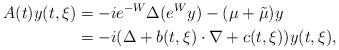
LaTeX: \begin{align*}A(t)y(t,\xi)&=-ie^{-W}\Delta (e^Wy)-(\mu+\tilde{\mu})y \\&=-i(\Delta +b(t,\xi)\cdot \nabla +c(t,\xi))y(t,\xi),\end{align*}